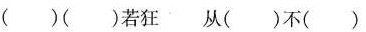
( )( )若狂 从( )不( )